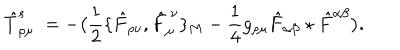
\hat { T } _ { \rho \mu } ^ { s } : = - \big ( { \frac { 1 } { 2 } } \{ \hat { F } _ { \rho \nu } , \hat { F } _ { \mu } ^ { \ \nu } \} _ { M } - { \frac { 1 } { 4 } } g _ { \rho \mu } \hat { F } _ { \alpha \beta } \star \hat { F } ^ { \alpha \beta } \big ) .